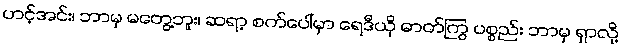
ဟင့်အင်း၊ ဘာမှ မတွေ့ဘူး၊ ဆရာ့ စက်ပေါ်မှာ ရေဒီယို ဓာတ်ကြွ ပစ္စည်း ဘာမှ ရှာလို့